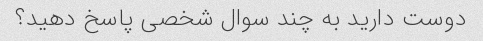
دوست دارید به چند سوال شخصی پاسخ دهید؟